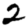
Digit: 2